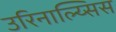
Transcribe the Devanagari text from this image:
उरिनाल्य्सिस